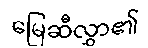
မြေဆီလွှာ၏